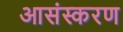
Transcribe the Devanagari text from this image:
आसंस्करण